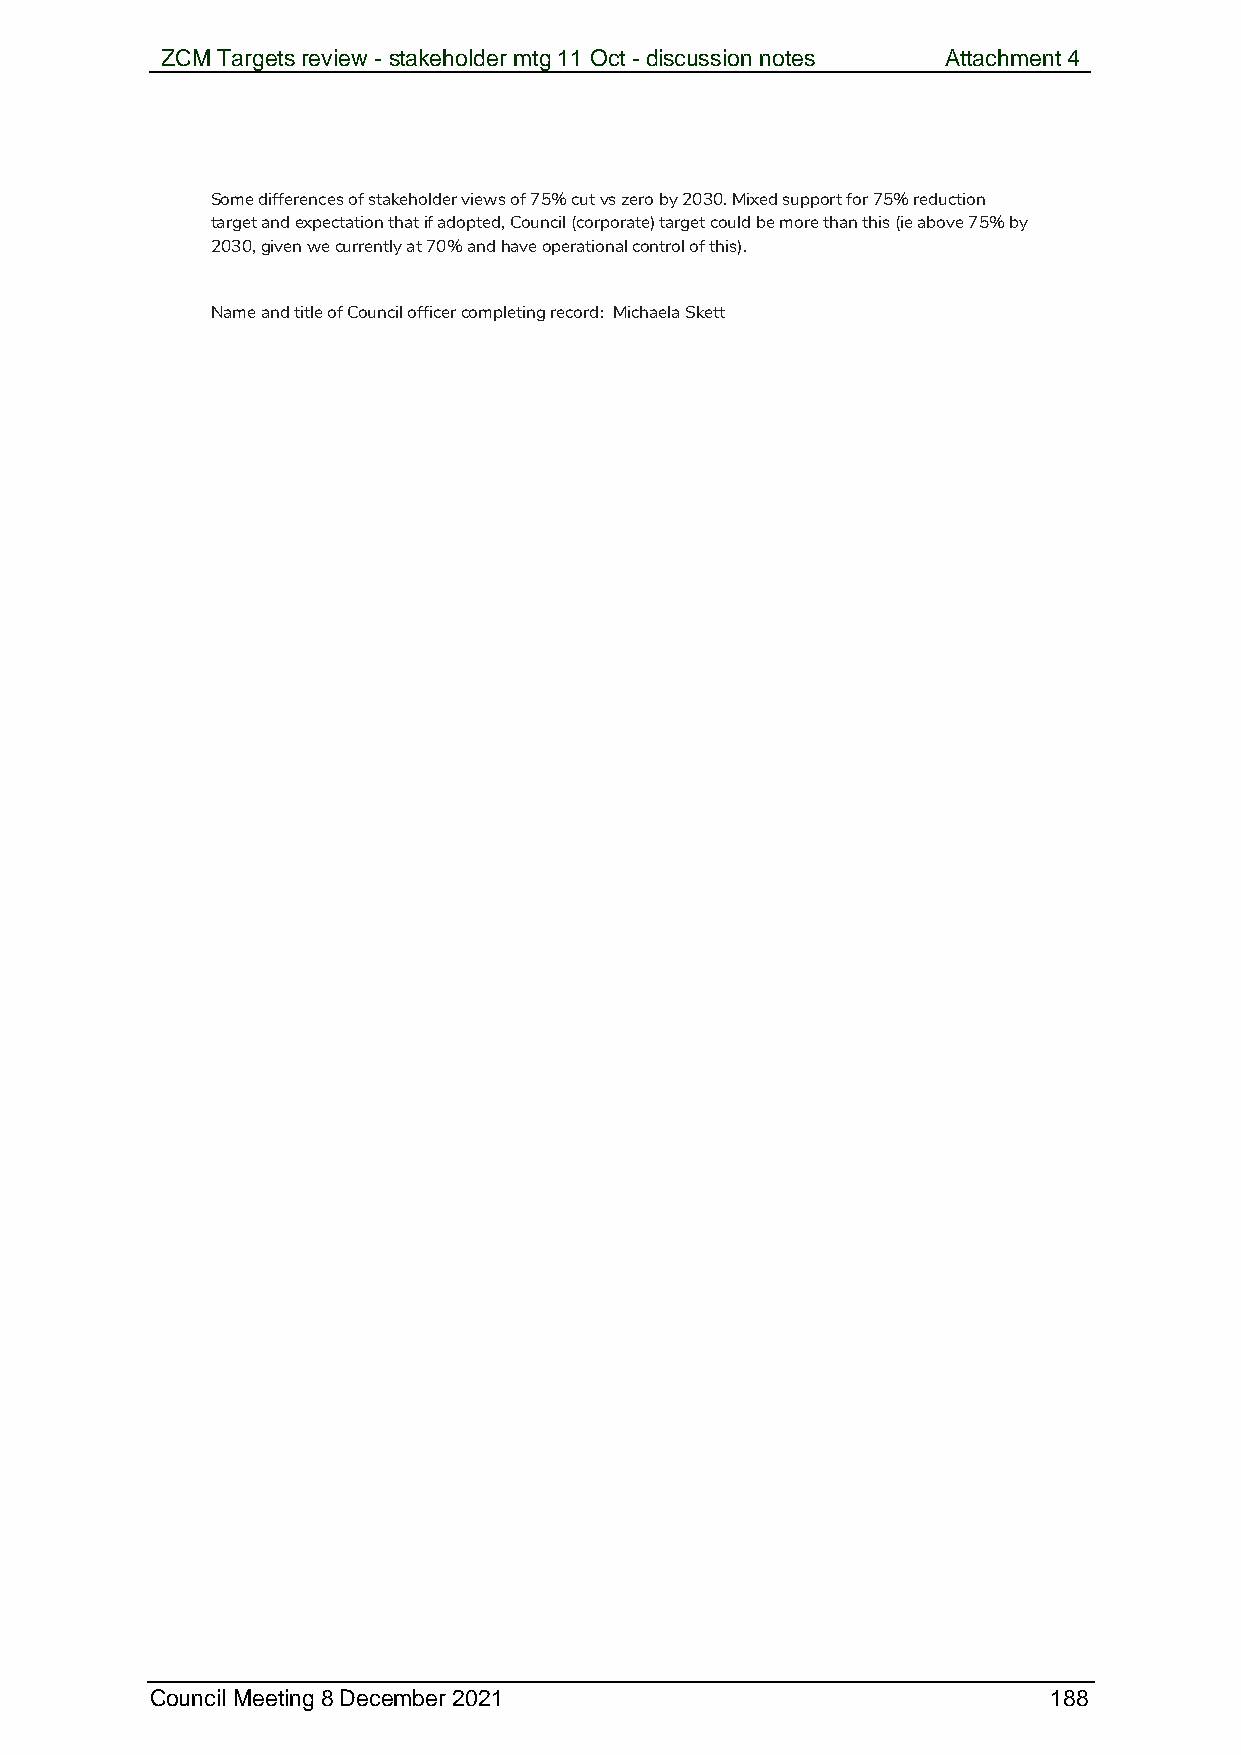
ZCM Targets review - stakeholder mtg 11 Oct - discussion notes Attachment 4
 Some differences of stakeholder views of 75% cut vs zero by 2030. Mixed support for 75% reduction
 target and expectation that if adopted, Council (corporate) target could be more than this (ie above 75% by
 2030, given we currently at 70% and have operational control of this).
 Name and title of Council officer completing record: Michaela Skett
 Council Meeting 8 December 2021                            188